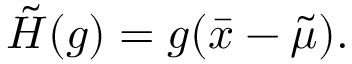
\tilde { H } ( g ) = g ( \bar { x } - \tilde { \mu } ) .